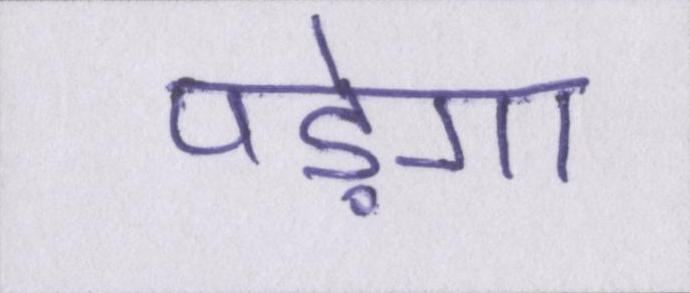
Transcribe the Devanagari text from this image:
पड़ेगा